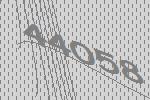
44058